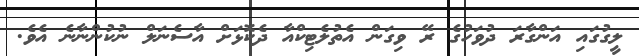
ލީގުގައި އަންގާރަ ދުވަހުގެ ރޭ ވިގަން އެތުލެޓިކްއާ ދެކޮޅަށް އާސެނަލް ނުކުންނާނެ އެވެ.